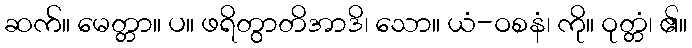
ဆက်။ မေတ္တာ။ ပ။ ဖရိတွာတိအာဒိ၊ သော။ ယံ-ဝစနံ၊ ကို။ ဝုတ္တံ၊ ၏။